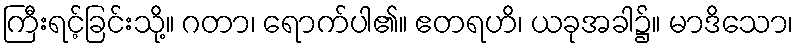
ကြီးရင့်ခြင်းသို့။ ဂတာ၊ ရောက်ပါ၏။ ဧတရဟိ၊ ယခုအခါ၌။ မာဒိသော၊